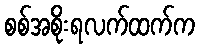
စစ်အစိုးရလက်ထက်က